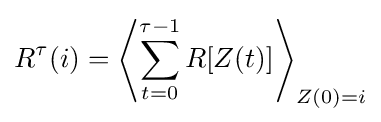
R^{\tau }(i)=\left\langle \sum _{t=0}^{\tau -1}R[Z(t)]\right\rangle _{Z(0)=i}